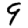
Digit: 9